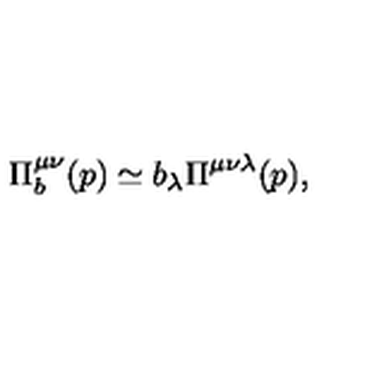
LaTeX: \Pi _ { b } ^ { \mu \nu } ( p ) \simeq b _ { \lambda } \Pi ^ { \mu \nu \lambda } ( p ) ,